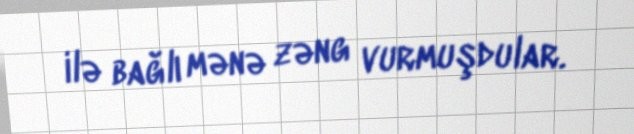
ilə bağlı mənə zəng vurmuşdular.